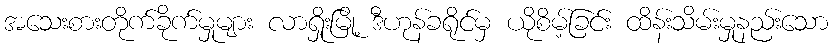
အသေးစားတိုက်ခိုက်မှုများ လာရှိုးမြို့ ဒီဟုန်ခရိုင်မှ ယိုစိမ့်ခြင်း ထိန်းသိမ်းမှုနည်းသော